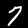
Digit: 7